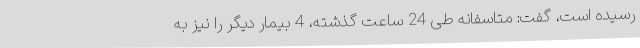
رسیده است، گفت: متاسفانه طی 24 ساعت گذشته، 4 بیمار دیگر را نیز به